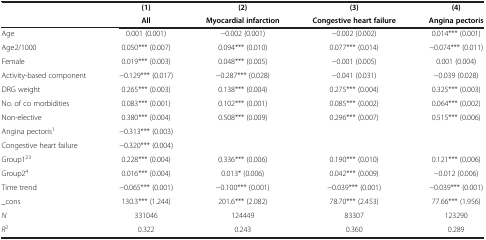
<table><thead><tr><td>[EMPTY_CELL]</td><td><b>(1)</b></td><td><b>(2)</b></td><td><b>(3)</b></td><td><b>(4)</b></td></tr><tr><td>[EMPTY_CELL]</td><td><b>All</b></td><td><b>Myocardial infarction</b></td><td><b>Congestive heart failure</b></td><td><b>Angina pectoris</b></td></tr></thead><tbody><tr><td>Age</td><td>0.001 (0.001)</td><td>-0.002 (0.001)</td><td>-0.002 (0.002)</td><td>0.014*** (0.001)</td></tr><tr><td>Age2/1000</td><td>0.050*** (0.007)</td><td>0.094*** (0.010)</td><td>0.077*** (0.014)</td><td>-0.074*** (0.011)</td></tr><tr><td>Female</td><td>0.019*** (0.003)</td><td>0.048*** (0.005)</td><td>-0.001 (0.005)</td><td>0.001 (0.004)</td></tr><tr><td>Activity-based component</td><td>-0.129*** (0.017)</td><td>-0.287*** (0.028)</td><td>-0.041 (0.031)</td><td>-0.039 (0.028)</td></tr><tr><td>DRG weight</td><td>0.265*** (0.003)</td><td>0.138*** (0.004)</td><td>0.275*** (0.004)</td><td>0.325*** (0.003)</td></tr><tr><td>No. of co morbidities</td><td>0.083*** (0.001)</td><td>0.102*** (0.001)</td><td>0.085*** (0.002)</td><td>0.064*** (0.002)</td></tr><tr><td>Non-elective</td><td>0.380*** (0.004)</td><td>0.508*** (0.009)</td><td>0.296*** (0.007)</td><td>0.515*** (0.006)</td></tr><tr><td>Angina pectoris<sup>1</sup></td><td>-0.313*** (0.003)</td><td>[EMPTY_CELL]</td><td>[EMPTY_CELL]</td><td>[EMPTY_CELL]</td></tr><tr><td>Congestive heart failure</td><td>-0.320*** (0.004)</td><td>[EMPTY_CELL]</td><td>[EMPTY_CELL]</td><td>[EMPTY_CELL]</td></tr><tr><td>Group1<sup>23</sup></td><td>0.228*** (0.004)</td><td>0.336*** (0.006)</td><td>0.190*** (0.010)</td><td>0.121*** (0.006)</td></tr><tr><td>Group2<sup>4</sup></td><td>0.016*** (0.004)</td><td>0.013* (0.006)</td><td>0.042*** (0.009)</td><td>-0.012 (0.006)</td></tr><tr><td>Time trend</td><td>-0.065*** (0.001)</td><td>-0.100*** (0.001)</td><td>-0.039*** (0.001)</td><td>-0.039*** (0.001)</td></tr><tr><td>_cons</td><td>130.3*** (1.244)</td><td>201.6*** (2.082)</td><td>78.70*** (2.453)</td><td>77.66*** (1.956)</td></tr><tr><td><i>N</i></td><td>331046</td><td>124449</td><td>83307</td><td>123290</td></tr><tr><td><i>R</i><sup>2</sup></td><td>0.322</td><td>0.243</td><td>0.360</td><td>0.289</td></tr></tbody></table>